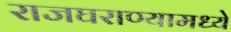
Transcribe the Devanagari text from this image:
राजघराण्यामध्ये